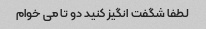
لطفا شگفت انگیز کنید دو تا می خوام